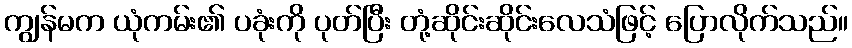
ကျွန်မက ယုံကမ်း၏ ပခုံးကို ပုတ်ပြီး တုံ့ဆိုင်းဆိုင်းလေသံဖြင့် ပြောလိုက်သည်။